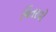
ચિતરવો